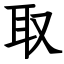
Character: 取